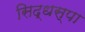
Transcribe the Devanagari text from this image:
सिद्धस्पा